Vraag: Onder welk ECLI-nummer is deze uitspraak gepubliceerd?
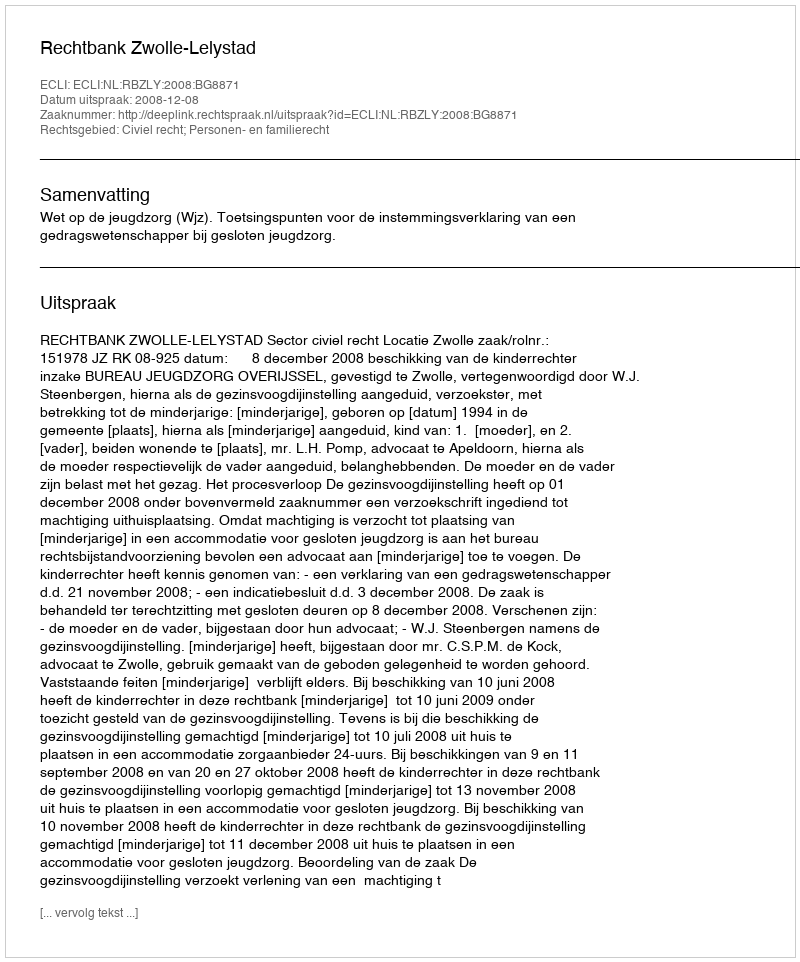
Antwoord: ECLI:NL:RBZLY:2008:BG8871